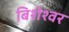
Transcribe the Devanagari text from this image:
बिशेश्वर